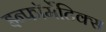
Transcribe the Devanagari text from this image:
इन्फॉर्मेटिक्स